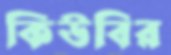
কিউবির